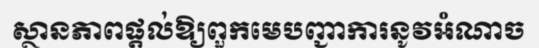
ស្ថានភាពផ្តល់ឱ្យពួកមេបញ្ជាការនូវអំណាច